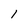
Character: 1